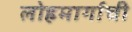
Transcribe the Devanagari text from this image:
लोहमार्गाची